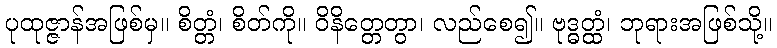
ပုထုဇ္ဇာန်အဖြစ်မှ။ စိတ္တံ၊ စိတ်ကို။ ဝိနိတ္တေတွာ၊ လည်စေ၍။ ဗုဒ္ဓတ္ထံ၊ ဘုရားအဖြစ်သို့။